Report on vaccination in Madras 1904-1921 - 1904-1921
Year: 1904
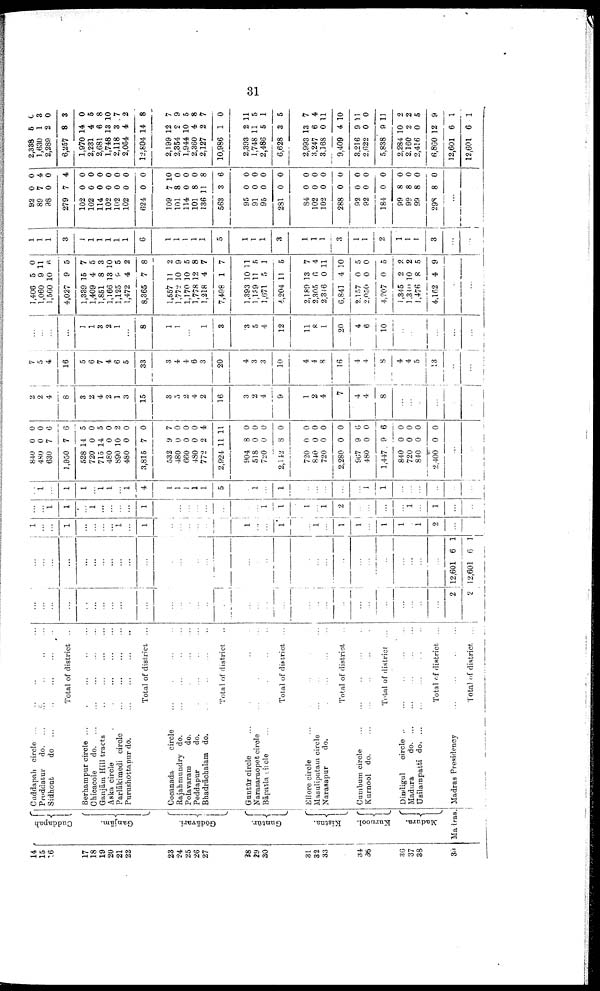
31
14
15
16
17
18
19
20
21
22
23
24
25
26
27
28
29
30
31
32
33
34
35
36
37
38
39
Cuddapah
Ganjām.
Gōdāvari.
Guntūr.
Kistna.
Kurnool.
Madura.
Madras
Cuddapah circle ... ... ... ...
Proddatur
d
o
. ... ... ... ... ...
Sidhout
do
...
...
...
...
...
Total of district ...
Berhampur circle ...
...
...
...
...
Chicacole
d
o
. ... ... ... ... ...
Ganjām Hill tracts
...
...
...
...
Aaka circle
...
...
...
...
Parlākimedi circle
...
...
...
...
Purushottapur do.
...
...
...
...
Total of district ...
Cocanada
circle ... ... ... ...
Rajahmundry do.
...
...
...
...
Polavaram
do. ... ... ... ...
Peddapur
do.
... ... ... ...
Bhadrāchalam do.
...
...
...
...
Total of district ...
Guntūr circle ... ... ... ... ...
Narasaraopet circle ... ... ... ...
Bāpatla circle ... ... ... ... ...
Total of district ...
Ellore circle ... ... ... ...
Masulipatam circle ... ... ... ...
Narasapur
do. ... ... ... ...
Total of district ...
Cumbum circle
...
...
...
...
...
Kurnool do.
...
...
...
...
Total of district ...
Dindigul
circle
...
...
...
...
...
Madura
d
o
. ... ... ... ... ...
Usilampatti d
o
. ... ... ... ... ...
Total of district ...
Madras Presidency
...
...
...
...
Total of district. ...
...
...
...
...
...
...
...
...
...
...
...
...
...
...
...
...
...
...
...
...
...
...
...
...
...
...
...
...
...
...
...
...
2
2
...
...
...
...
...
...
...
...
...
...
...
...
...
...
...
...
...
...
...
...
...
...
...
...
...
...
...
...
...
...
...
...
12,601
12,601
6
6
1
1
1
...
...
1
...
...
...
...
1
...
1
...
...
...
...
...
...
1
...
...
1
...
1
...
1
1
...
1
1
...
1
2
...
...
...
...
1
1
...
1
...
...
...
...
1
...
...
...
...
...
...
...
...
1
1
1
...
1
2
...
...
...
...
1
...
1
...
...
...
1
...
1
1
...
1 1
...
1
4
1
1
1
1
1
5
...
1
...
1
...
...
...
...
...
1
1
...
...
...
...
...
...
840
480
630
1,950
528
720
715
480
890
480
3,815
532
480
660
480
772
2,924
904
518
720
2,142
720
840
720
2,280
967
480
1,447
840
720
840
2,400
0
0
7
7
14
0
14
0
10
0
7
9
0
0
0
2
11
8
0
0
8
0
0
0
0
9
0
9
0
0
0
0
0
0
6
6
5
0
5
0
2
0
0
7
0
0
0
4
11
0
0
0
0
0
0
0
0
6
0
6
0
0
0
0
...
...
2
2
4
8
3
2
4
2
1
3
15
3
0
2
4
2
16
3
2
4
9
1
2
4
7
4
4
8
...
...
...
...
...
...
7
5
4
16
5
6
7
4
6
5
33
3
4
4
6
3
20
4
3
3
10
4
4
8
16
4
4
8
4
4
5
13
...
...
...
...
...
...
1
1
3
2
1
...
8
1
1
...
...
1
3
3
5
4
12
11
8
1
20
4
6
10
...
...
...
...
...
...
1,406
1,060
1,560
4,027
1,339
1,409
1,851
1,166
1,125
1,472
8,365
1,557
1,772
1,170
1,778
1,218
7,498
1,393
1,139
1,671
4,204
2,189
2,305
2,346
6,841
2,157
2,050
4,207
1,345
1,340
1,476
4,162
5
9
10
9
15
4
8
13
9
4
7
11
10
10
12
4
1
10
11
5
11
13
6
0
4
0
0
0
2
10
8
4
0
11
6
5
7
5
3
10
5
2
8
2
9
5
8
7
7
11
5
1
5
7
4
11
10
5
0
5
2
2
5
9
...
...
1
1
1
3
1
1
1
1
1
1
6
1
1
1
1
1
5
1
1
1
3
1
1
1
3
1
1
2
1
1
1
3
...
...
92
89
98
279
102
102
114
102
102
102
624
109
101
114
101
136
563
95
91
95
281
84
102
102
288
92
92
184
99
99
99
298
0
7
0
7
0
0
0
0
0
0
0
7
8
0
8
11
3
0
0
0
0
0
0
0
0
0
0
0
8
8
8
8
0
4
0
4
0
0
0
0
0
0
0
10
0
0
0
8
6
0
0
0
0
0
0
0
0
0
0
0
0
0
0
0
...
...
2,338
1,630
2,289
6,257
1,970
2,231
2,681
1,748
2,118
2,054
12,804
2,199
2,354
1,944
2,360
2,127
10,986
2,393
1,748
2,486
6,628
2,993
3,247
3,168
9,409
3,216
2,622
5,838
2,284
2,160
2,416
6,860
12,601
12,601
5
1
2
8
14
4
6
13
3
4
14
12
2
10
4
2
1
2
11
5
3
13
6
0
4
9
0
9
10
2
0
12
6
6
0
3
0
3
0
5
8
10
7
2
8
7
9
5
8
7
0
11
5
1
5
7
4
11
10
11
0
11
2
2
5
9
1
1